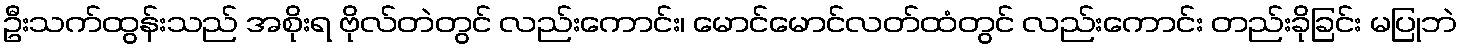
ဦးသက်ထွန်းသည် အစိုးရ ဗိုလ်တဲတွင် လည်းကောင်း၊ မောင်မောင်လတ်ထံတွင် လည်းကောင်း တည်းခိုခြင်း မပြုဘဲ